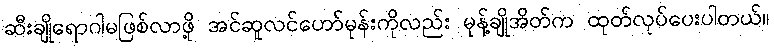
ဆီးချိုရောဂါမဖြစ်လာဖို့ အင်ဆူလင်ဟော်မုန်းကိုလည်း မုန့်ချိုအိတ်က ထုတ်လုပ်ပေးပါတယ်။